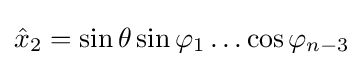
{\hat {x}}_{2}=\sin \theta \sin \varphi _{1}\ldots \cos \varphi _{n-3}